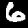
Label: 6